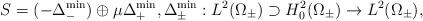
LaTeX: \begin{align*} S=(-\Delta^{\min}_{-})\oplus\mu\Delta^{\min}_{+},\Delta^{\min}_{\pm}:L^{2}(\Omega_{\pm})\supset H^{2}_{0}(\Omega_{\pm})\to L^{2}(\Omega_{\pm}),\end{align*}